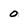
Character: o